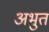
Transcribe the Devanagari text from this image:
अभुत